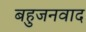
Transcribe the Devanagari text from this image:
बहुजनवाद